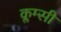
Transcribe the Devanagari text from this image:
क्लम्सी